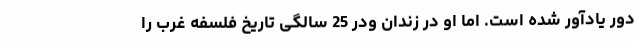
دور یادآور شده است. اما او در زندان ودر 25 سالگی تاریخ فلسفه غرب را